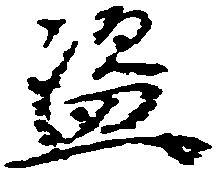
盗